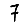
Digit: 7